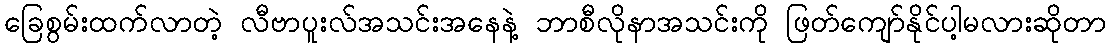
ခြေစွမ်းထက်လာတဲ့ လီဗာပူးလ်အသင်းအနေနဲ့ ဘာစီလိုနာအသင်းကို ဖြတ်ကျော်နိုင်ပါ့မလားဆိုတာ